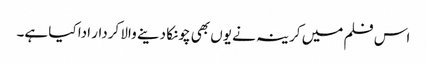
اس فلم میں کرینہ نے یوں بھی چونکا دینے والا کردار ادا کیا ہے۔